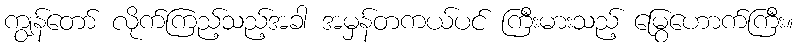
ကျွန်တော် လိုက်ကြည့်သည့်အခါ အမှန်တကယ်ပင် ကြီးမားသည့် မြွေဟောက်ကြီး။